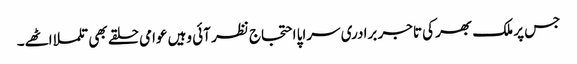
جس پر ملک بھر کی تاجر برادری سراپا احتجاج نظر آئی وہیں عوامی حلقے بھی تلملا اٹھے۔